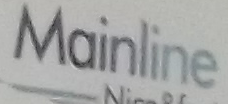
Mainline